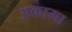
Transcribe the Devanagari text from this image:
अकामा